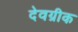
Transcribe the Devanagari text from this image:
देवग्रीक